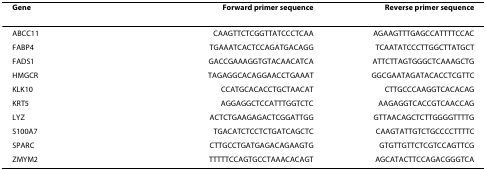
<table><thead><tr><td><b>Gene</b></td><td><b>Forward primer sequence</b></td><td><b>Reverse primer sequence</b></td></tr></thead><tbody><tr><td>ABCC11</td><td>CAAGTTCTCGGTTATCCCTCAA</td><td>AGAAGTTTGAGCCATTTTCCAC</td></tr><tr><td>FABP4</td><td>TGAAATCACTCCAGATGACAGG</td><td>TCAATATCCCTTGGCTTATGCT</td></tr><tr><td>FADS1</td><td>GACCGAAAGGTGTACAACATCA</td><td>ATTCTTAGTGGGCTCAAAGCTG</td></tr><tr><td>HMGCR</td><td>TAGAGGCACAGGAACCTGAAAT</td><td>GGCGAATAGATACACCTCGTTC</td></tr><tr><td>KLK10</td><td>CCATGCACACCTGCTAACAT</td><td>CTTGCCCAAGGTCACACAG</td></tr><tr><td>KRT5</td><td>AGGAGGCTCCATTTGGTCTC</td><td>AAGAGGTCACCGTCAACCAG</td></tr><tr><td>LYZ</td><td>ACTCTGAAGAGACTCGGATTGG</td><td>GTTAACAGCTCTTGGGGTTTTG</td></tr><tr><td>S100A7</td><td>TGACATCTCCTCTGATCAGCTC</td><td>CAAGTATTGTCTGCCCCTTTTC</td></tr><tr><td>SPARC</td><td>CTTGCCTGATGAGACAGAAGTG</td><td>GTGTTGTTCTCGTCCAGTTCG</td></tr><tr><td>ZMYM2</td><td>TTTTTCCAGTGCCTAAACACAGT</td><td>AGCATACTTCCAGACGGGTCA</td></tr></tbody></table>